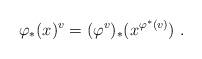
LaTeX: \begin{align*}\varphi_\ast(x)^v = (\varphi^v)_\ast(x^{\varphi^\ast(v)})\ .\end{align*}